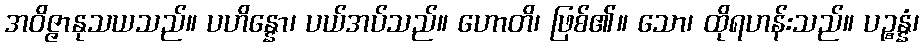
အဝိဇ္ဇာနုသယသည်။ ပဟိန္နော၊ ပယ်အပ်သည်။ ဟောတိ၊ ဖြစ်၏။ သော၊ ထိုရဟန်းသည်။ ပဉ္စန္နံ၊